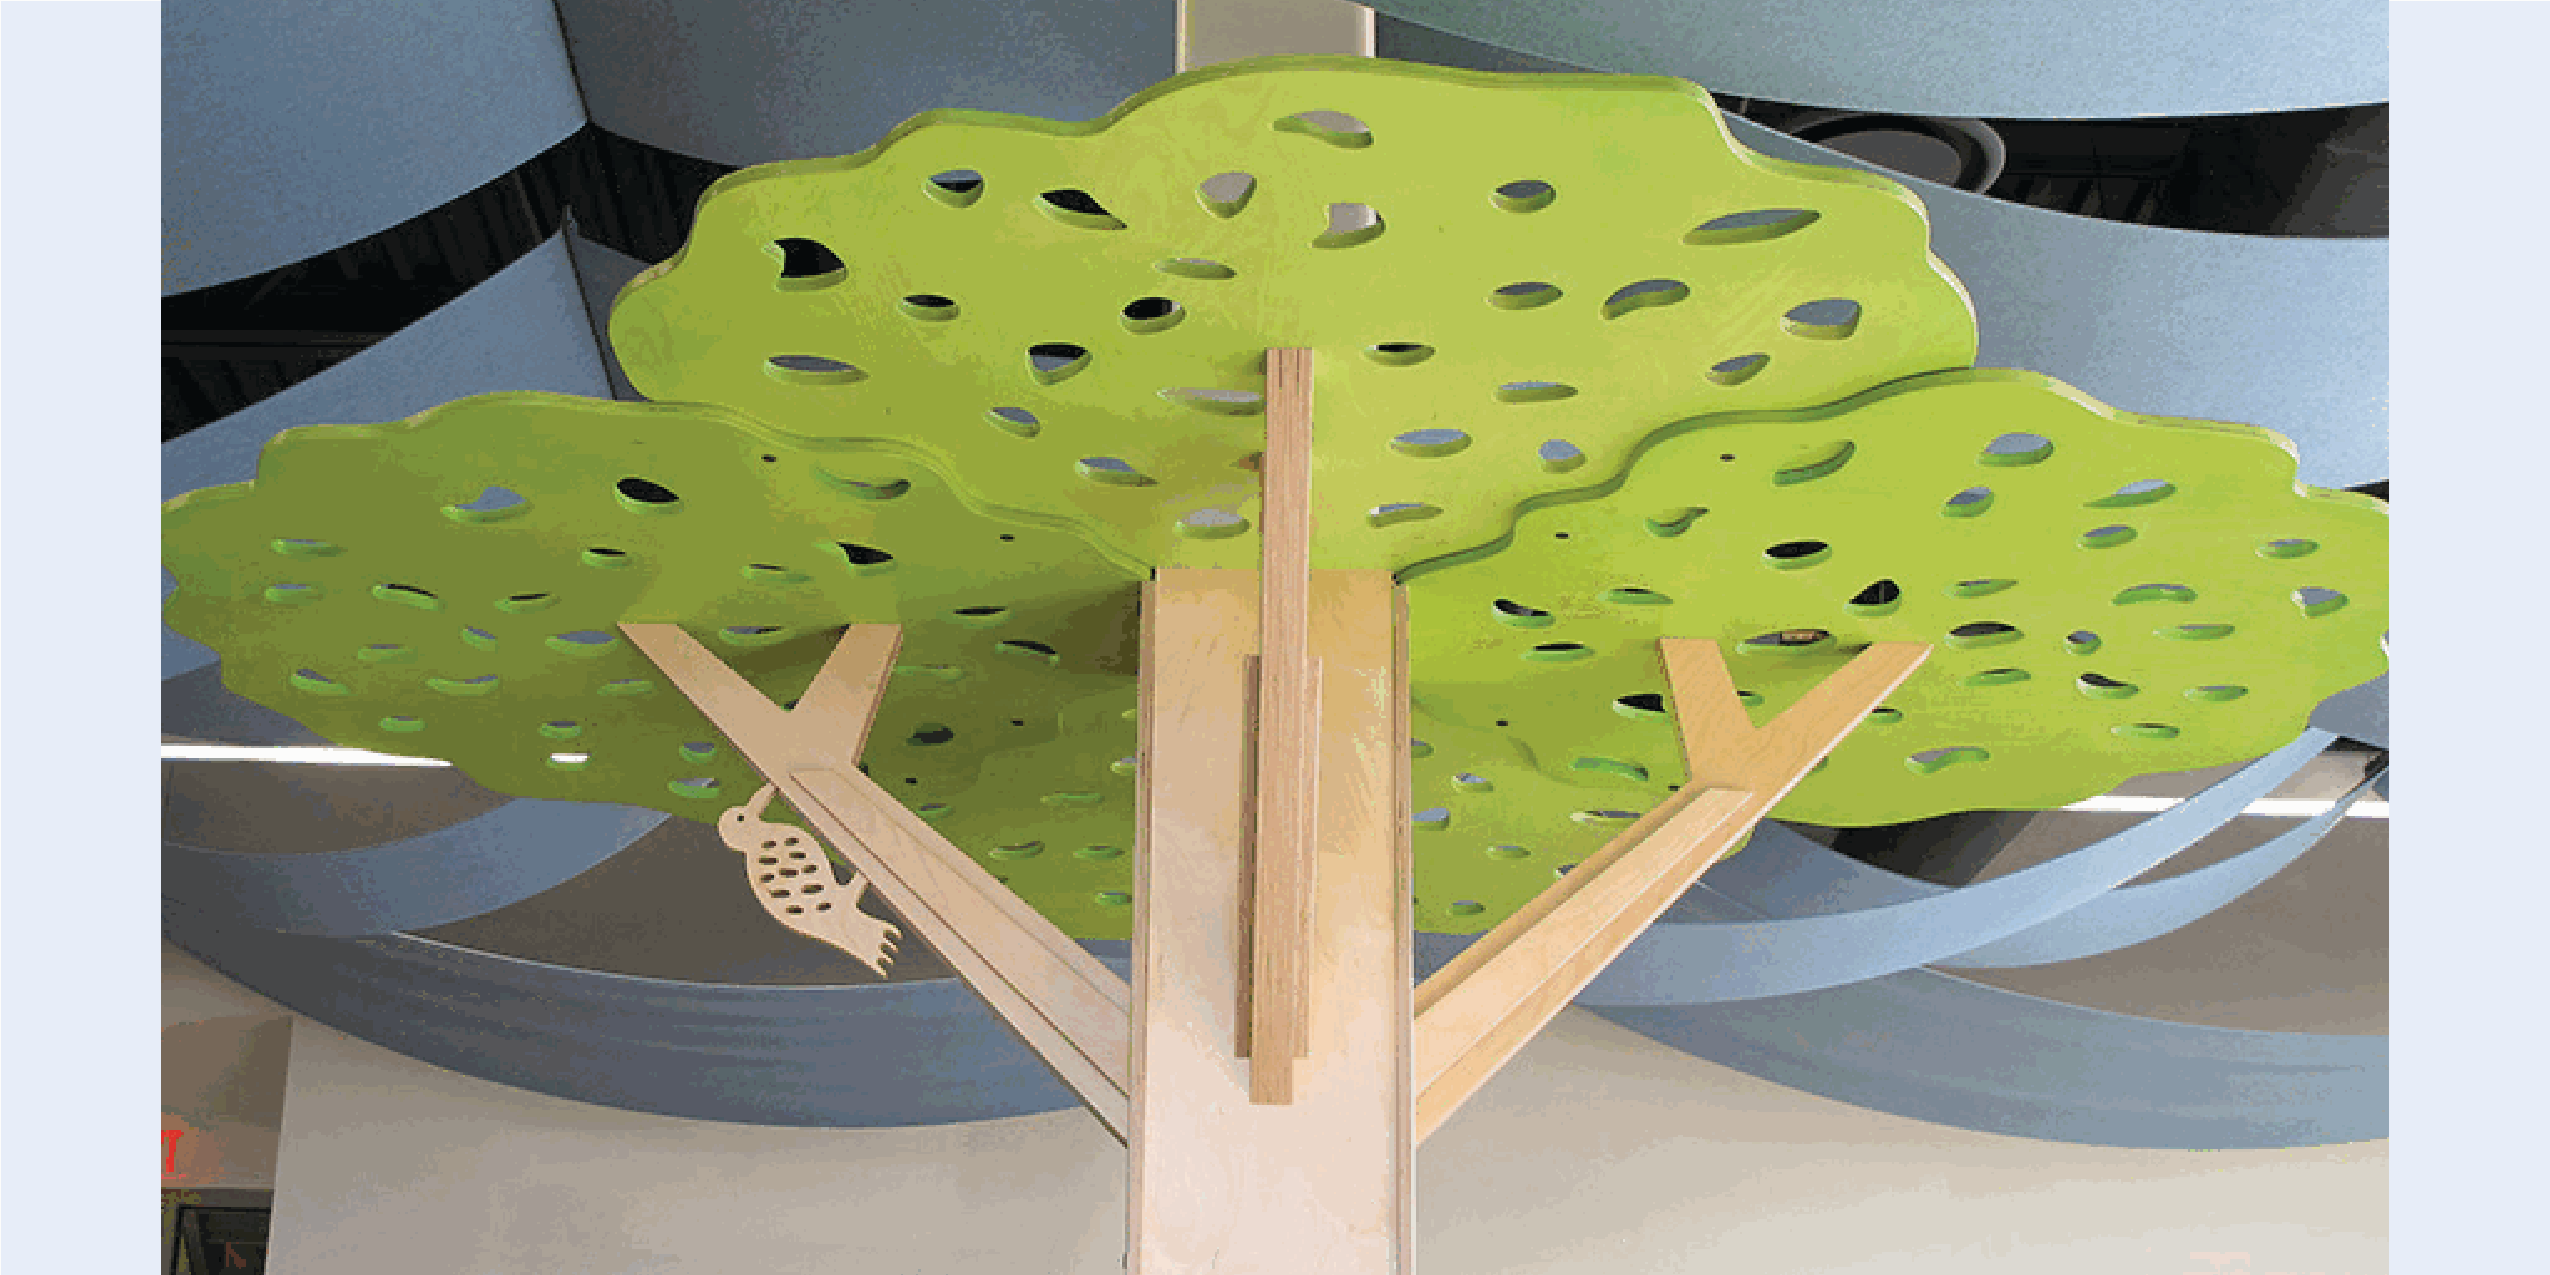
114 | LearnPLAY | tmcfurniture.com                                                                                                             LearnPLAY | tmcfurniture.com | 115